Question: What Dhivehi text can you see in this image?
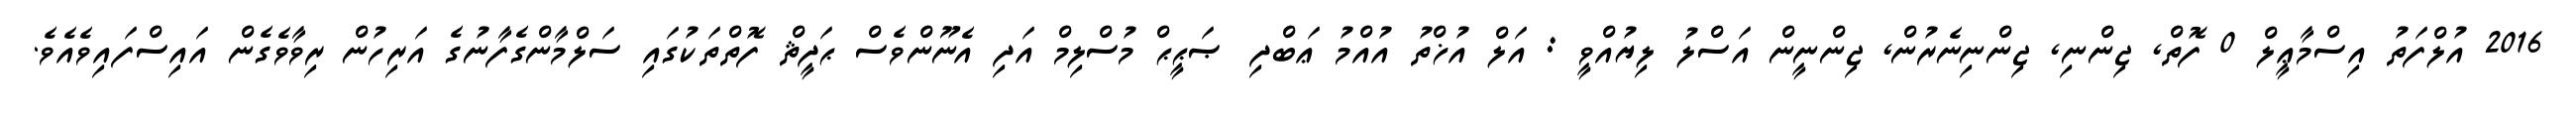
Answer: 2016 އުލްފަތު އިސްމާޢީލް 0 ފޮތް, ޖިންނި, ޖިންނިނެރުން, ޖިންނީން އަސްލު ލިޔުއްވީ : އަލް އުޚްތު އުއްމު ޢަބްދި ޞަޙީޙް މުސްލިމް އަދި އެނޫންވެސް ޙަދީޘް ފޮތްތަކުގައި ސަލްމާންގެފާނުގެ އަރިހުން ރިވާވެގެން އައިސްފައިވެއެވެ.